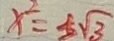
x ^ { 2 } = \pm \sqrt { 3 }